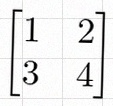
\begin{bmatrix}1&2\\3&4\end{bmatrix}